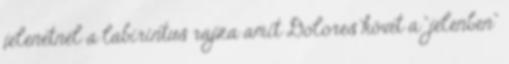
jelenetnél a labirintus rajza amit Dolores követ a “jelenben”